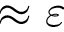
\approx \varepsilon